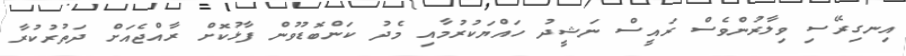
އިނގިރޭސި ވިލާރުންވެސް ރައީސް ނަޝީދު ހައްޔަކުރުމާއި މެދު ކަންބޮޑުވުން ފާޅުކޮށް ރާއްޖެއަށް ދަތުރުކުރާ